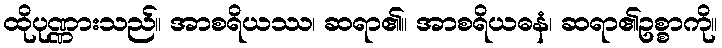
ထိုပုဏ္ဏားသည်။ အာစရိယဿ၊ ဆရာ၏။ အာစရိယဓနံ၊ ဆရာ၏ဥစ္စာကို။